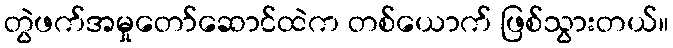
တွဲဖက်အမှုတော်ဆောင်ထဲက တစ်ယောက် ဖြစ်သွားတယ်။